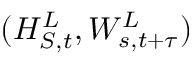
( H _ { S , t } ^ { L } , W _ { s , t + \tau } ^ { L } )